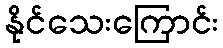
နိုင်သေးကြောင်း